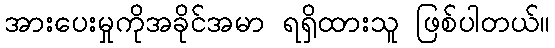
အားပေးမှုကိုအခိုင်အမာ ရရှိထားသူ ဖြစ်ပါတယ်။